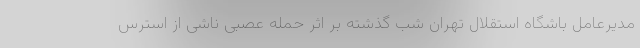
مدیرعامل باشگاه استقلال تهران شب گذشته بر اثر حمله عصبی ناشی از استرس